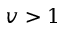
v > 1